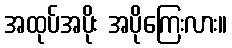
အထုပ်အပိုး အပိုကြေးလား။